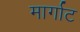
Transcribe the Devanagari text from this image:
मार्गाट